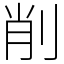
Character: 削